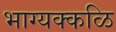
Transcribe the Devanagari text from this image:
भाग्यक्कळि